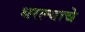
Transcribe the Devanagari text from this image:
धरल्याचे